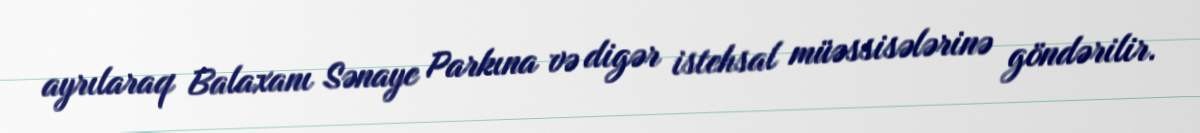
ayrılaraq Balaxanı Sənaye Parkına və digər istehsal müəssisələrinə göndərilir.